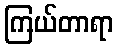
ကြယ်တာရာ